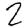
Digit: 2